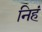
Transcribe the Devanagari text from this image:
निहं